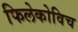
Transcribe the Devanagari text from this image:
फिलेकोविच